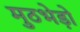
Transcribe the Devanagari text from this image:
मुठभेड़ो